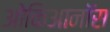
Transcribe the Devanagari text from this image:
ओकिआनॉस